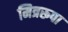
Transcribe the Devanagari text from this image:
मित्ररूपा